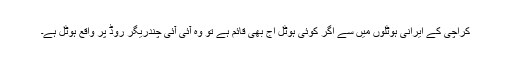
کراچی کے ایرانی ہوٹلوں میں سے اگر کوئی ہوٹل آج بھی قائم ہے تو وہ آئی آئی چندریگر روڈ پر واقع ہوٹل ہے۔